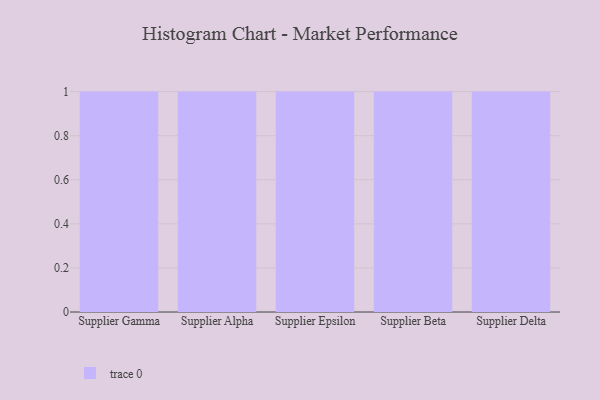
{"axis": {"x": "Supplier", "y": "Budget (USD K)"}, "legend": [""], "data": [{"x": "Supplier Gamma", "y": 43, "type": ""}, {"x": "Supplier Alpha", "y": 6, "type": ""}, {"x": "Supplier Epsilon", "y": 43, "type": ""}, {"x": "Supplier Beta", "y": 86, "type": ""}, {"x": "Supplier Delta", "y": 28, "type": ""}]}